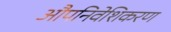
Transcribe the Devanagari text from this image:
औपनिवेशिकरण